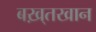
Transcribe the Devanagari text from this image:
बख़्तखान